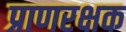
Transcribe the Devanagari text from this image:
प्राणरक्षक